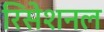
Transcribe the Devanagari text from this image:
रिसेशनल